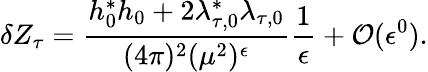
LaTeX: \delta Z_{\tau}=\frac{h_{0}^{*}h_{0}+2\lambda_{\tau,0}^{*}\lambda_{\tau,0}}{(4\pi)^{2}(\mu^{2})^{\epsilon}}\frac{1}{\epsilon}+{\cal O}(\epsilon^{0}).